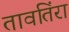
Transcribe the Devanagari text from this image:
तावतिंरा